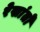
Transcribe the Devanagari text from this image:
रेखांतों